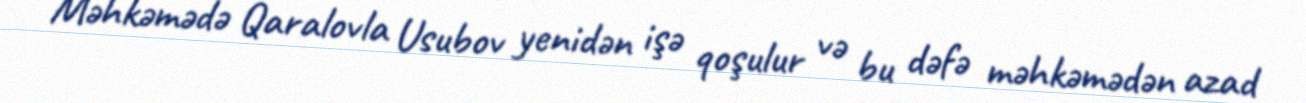
Məhkəmədə Qaralovla Usubov yenidən işə qoşulur və bu dəfə məhkəmədən azad